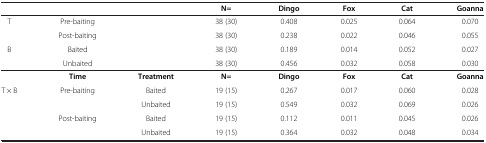
<table><thead><tr><td><b> </b></td><td><b> </b></td><td><b> </b></td><td><b>N=</b></td><td><b>Dingo</b></td><td><b>Fox</b></td><td><b>Cat</b></td><td><b>Goanna</b></td></tr></thead><tbody><tr><td rowspan="2">T</td><td>Pre-baiting</td><td> </td><td>38 (30)</td><td>0.408</td><td>0.025</td><td>0.064</td><td>0.070</td></tr><tr><td>Post-baiting</td><td> </td><td>38 (30)</td><td>0.238</td><td>0.022</td><td>0.046</td><td>0.055</td></tr><tr><td>B</td><td>Baited</td><td> </td><td>38 (30)</td><td>0.189</td><td>0.014</td><td>0.052</td><td>0.027</td></tr><tr><td> </td><td>Unbaited</td><td> </td><td>38 (30)</td><td>0.456</td><td>0.032</td><td>0.058</td><td>0.030</td></tr><tr><td> </td><td><b>Time</b></td><td><b>Treatment</b></td><td><b>N=</b></td><td><b>Dingo</b></td><td><b>Fox</b></td><td><b>Cat</b></td><td><b>Goanna</b></td></tr><tr><td rowspan="3">T × B</td><td rowspan="2">Pre-baiting</td><td>Baited</td><td>19 (15)</td><td>0.267</td><td>0.017</td><td>0.060</td><td>0.028</td></tr><tr><td>Unbaited</td><td>19 (15)</td><td>0.549</td><td>0.032</td><td>0.069</td><td>0.026</td></tr><tr><td>Post-baiting</td><td>Baited</td><td>19 (15)</td><td>0.112</td><td>0.011</td><td>0.045</td><td>0.026</td></tr><tr><td> </td><td> </td><td>Unbaited</td><td>19 (15)</td><td>0.364</td><td>0.032</td><td>0.048</td><td>0.034</td></tr></tbody></table>